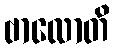
ဗာလောတိ